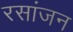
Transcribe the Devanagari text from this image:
रसांजन